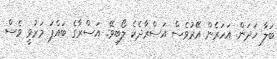
ބަލާ ހަދަން. އަހަރެން އޭރުވެސް އަސްރާދެކެ ލޯބިވޭ.. އަސްރާގެ ބައްޕަ މަރުވީ ވެސް